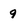
Character: 9